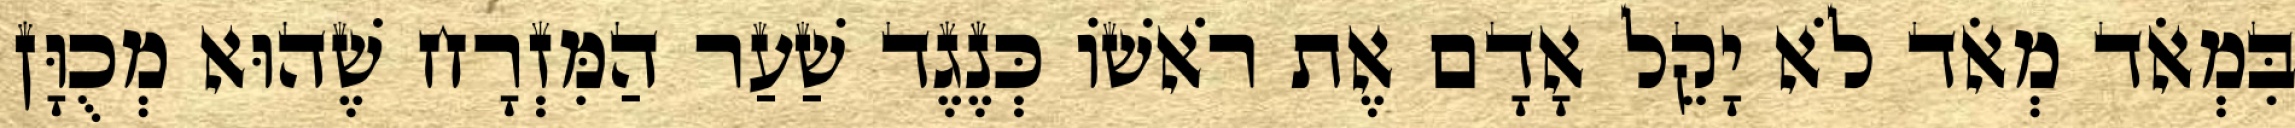
בִּמְאֹד מְאֹד לֹא יָקֵל אָדָם אֶת רֹאשׁוֹ כְּנֶגֶד שַׁעַר הַמִּזְרָח שֶׁהוּא מְכֻוָּן